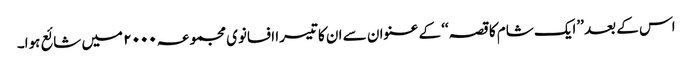
اس کے بعد ’’ایک شام کا قصہ‘‘ کے عنوان سے ان کا تیسرا افسانوی مجموعہ ۲۰۰۰ میں شائع ہوا۔